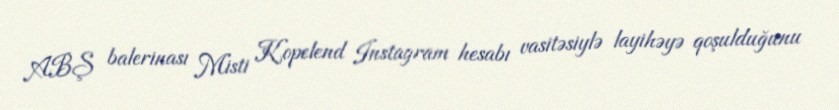
ABŞ balerinası Misti Kopelend Instagram hesabı vasitəsiylə layihəyə qoşulduğunu